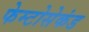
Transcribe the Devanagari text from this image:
फेम्टोसेकंड